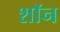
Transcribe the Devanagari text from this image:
शाॅन